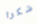
شكرا